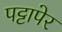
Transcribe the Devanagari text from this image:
पट्टापेर